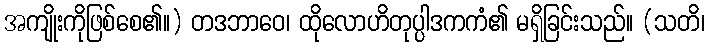
အကျိုးကိုဖြစ်စေ၏။) တဒဘာဝေ၊ ထိုလောဟိတုပ္ပါဒကကံ၏ မရှိခြင်းသည်။ (သတိ၊